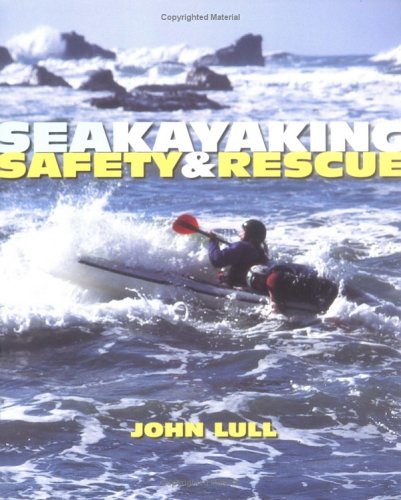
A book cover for Sea Kayaking: Safety & Rescue; John Lull; Sports & Outdoors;